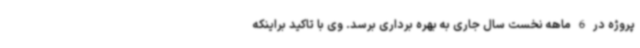
پروژه در 6 ماهه نخست سال جاری به بهره برداری برسد. وی با تاکید براینکه